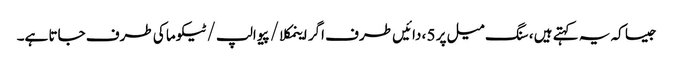
جیسا کہ یہ کہتے ہیں ، سنگ میل پر 5 ، دائیں طرف اگر اینمکلا / پیوالپ / ٹیکوما کی طرف جاتا ہے۔